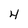
Character: 4